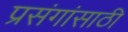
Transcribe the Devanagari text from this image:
प्रसंगांसाठी